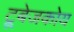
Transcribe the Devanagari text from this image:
ट्रूबेजकोय